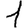
Digit: 1